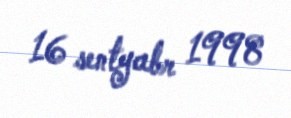
16 sentyabr 1998